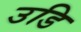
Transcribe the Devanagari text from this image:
उडि